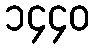
၁၄၄၀